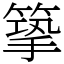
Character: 篫